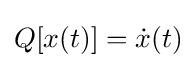
Q[x(t)]={\dot {x}}(t)